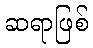
ဆရာဖြစ်